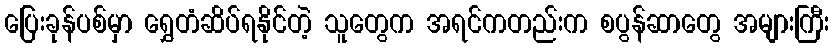
ပြေးခုန်ပစ်မှာ ရွှေတံဆိပ်ရနိုင်တဲ့ သူတွေက အရင်ကတည်းက စပွန်ဆာတွေ အများကြီး